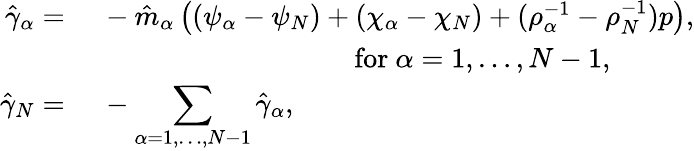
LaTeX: \begin{array}{rl}{\hat{\gamma}_{\alpha}=}&{~-\hat{m}_{\alpha}\left((\psi_{\alpha}-\psi_{N})+(\chi_{\alpha}-\chi_{N})+(\rho_{\alpha}^{-1}-\rho_{N}^{-1})p\right),}\\ &{\quad\quad\quad\quad\quad\quad\quad\quad\quad\mathrm{~for~}\alpha=1,\dots,N-1,}\\ {\hat{\gamma}_{N}=}&{~-\displaystyle\sum_{\alpha=1,\dots,N-1}\hat{\gamma}_{\alpha},}\end{array}